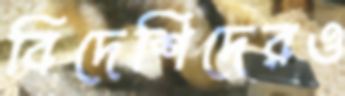
বিদেশিদেরও